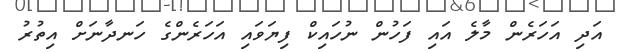
އަދި އަހަރެން މާލެ އައި ފަހުން ނުހައިކް ފިޔަވައި އަހަރެންގެ ހަނދާނަށް އިތުރު